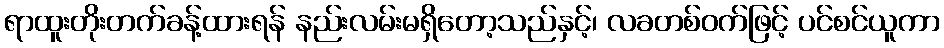
ရာထူးတိုးတက်ခန့်ထားရန် နည်းလမ်းမရှိတော့သည်နှင့်၊ လခတစ်ဝက်ဖြင့် ပင်စင်ယူကာ